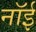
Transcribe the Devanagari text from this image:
नॉई